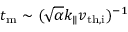
t _ { \mathrm { m } } \sim ( \sqrt { \alpha } k _ { \parallel } v _ { \mathrm { t h , i } } ) ^ { - 1 }